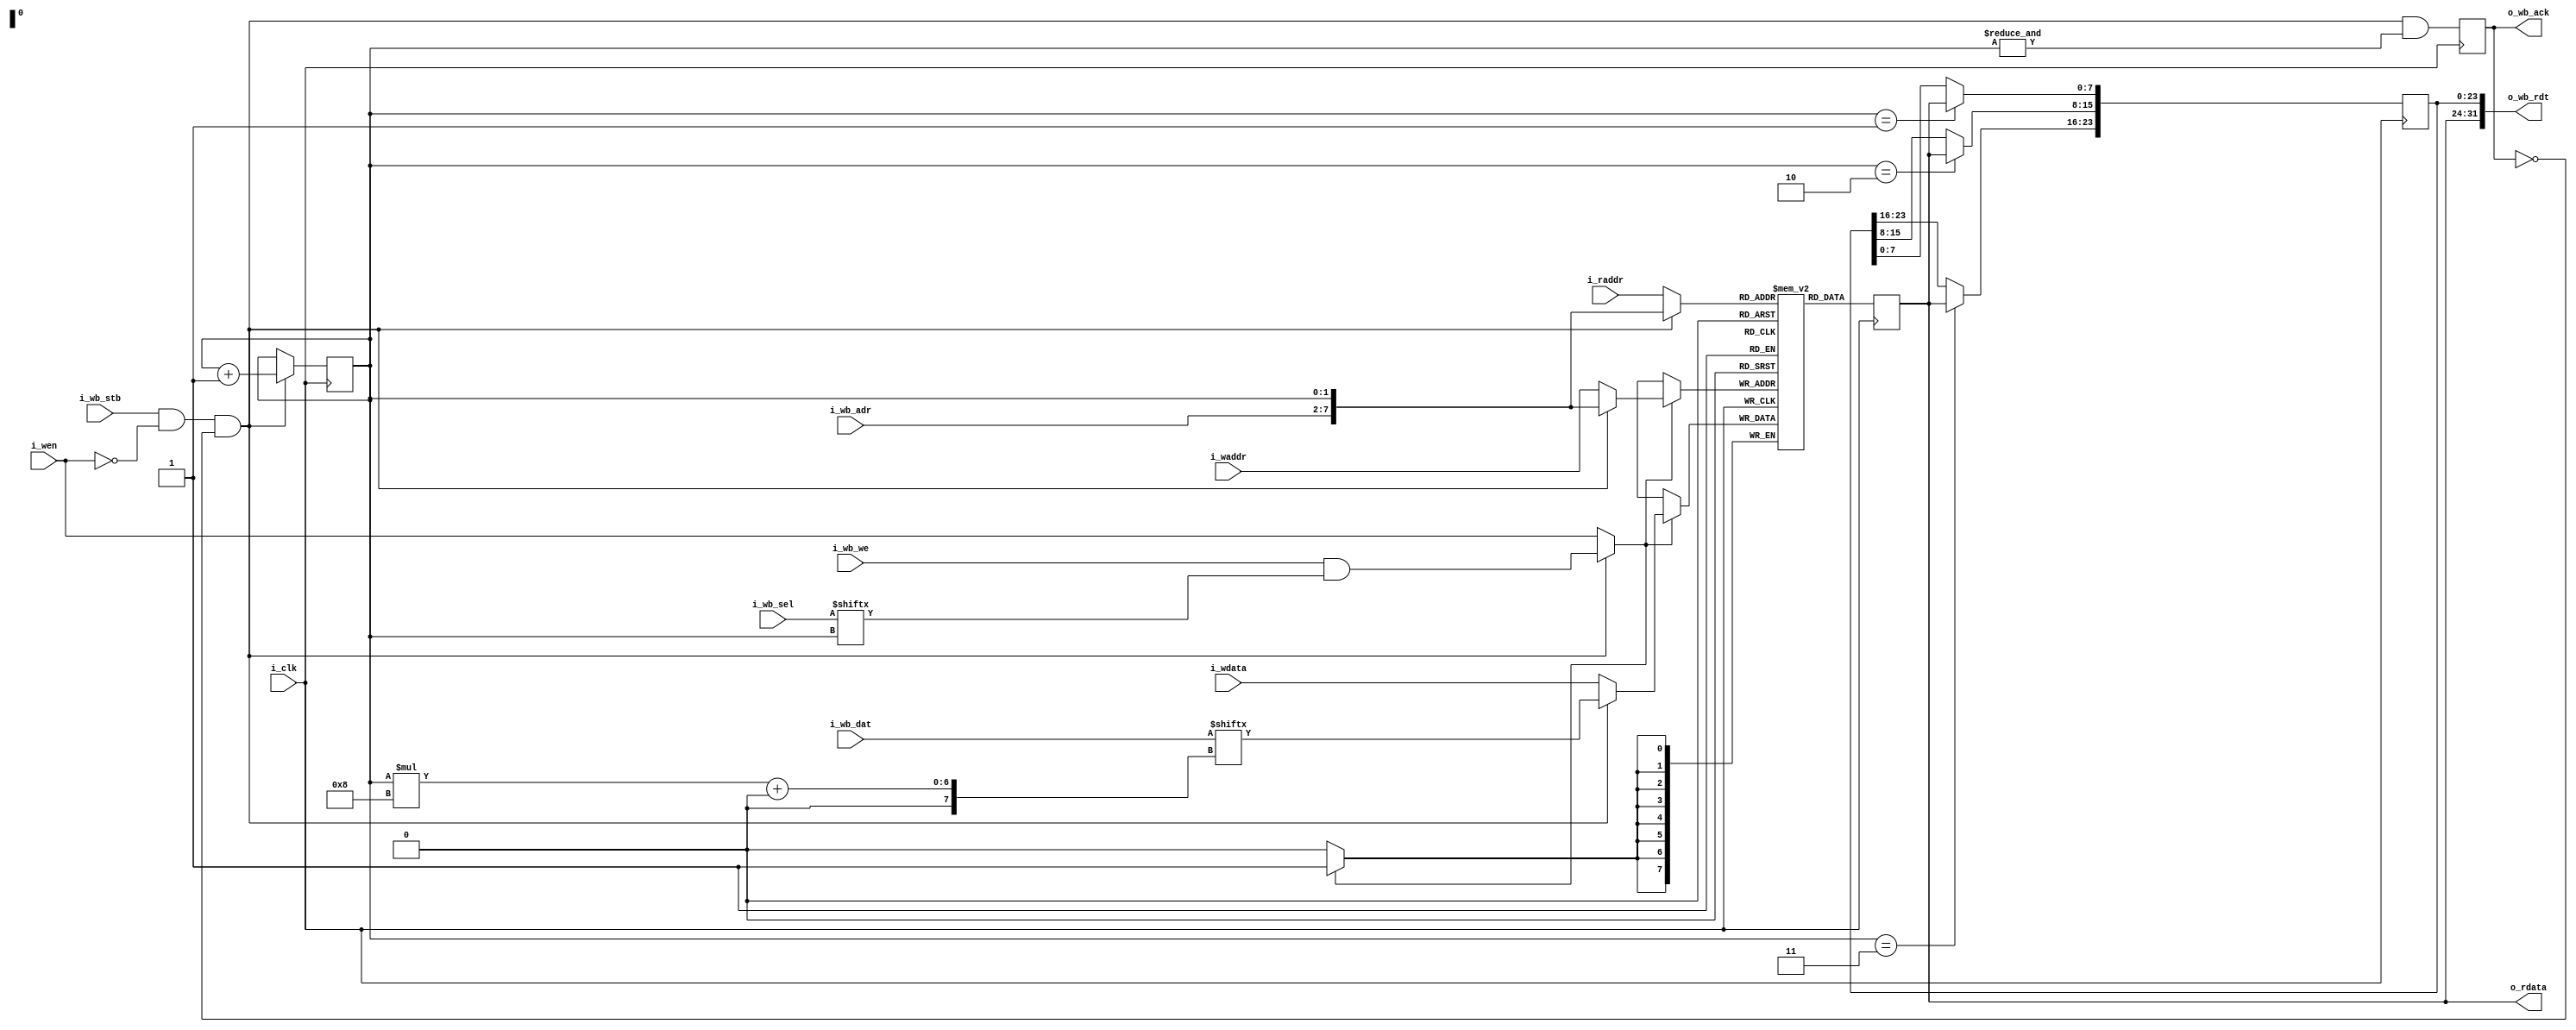
/* serving_ram.v : Shared RF I/D SRAM for the serving SoC
 *
 * ISC License
 *
 * Copyright (C) 2020 Olof Kindgren <olof.kindgren@gmail.com>
 *
 * Permission to use, copy, modify, and/or distribute this software for any
 * purpose with or without fee is hereby granted, provided that the above
 * copyright notice and this permission notice appear in all copies.
 *
 * THE SOFTWARE IS PROVIDED "AS IS" AND THE AUTHOR DISCLAIMS ALL WARRANTIES
 * WITH REGARD TO THIS SOFTWARE INCLUDING ALL IMPLIED WARRANTIES OF
 * MERCHANTABILITY AND FITNESS. IN NO EVENT SHALL THE AUTHOR BE LIABLE FOR
 * ANY SPECIAL, DIRECT, INDIRECT, OR CONSEQUENTIAL DAMAGES OR ANY DAMAGES
 * WHATSOEVER RESULTING FROM LOSS OF USE, DATA OR PROFITS, WHETHER IN AN
 * ACTION OF CONTRACT, NEGLIGENCE OR OTHER TORTIOUS ACTION, ARISING OUT OF
 * OR IN CONNECTION WITH THE USE OR PERFORMANCE OF THIS SOFTWARE.
 */

`default_nettype none
module serving_ram
  #(//Memory parameters
    parameter depth = 256,
    parameter aw    = $clog2(depth),
    parameter memfile = "")
   (input wire 		i_clk,
    input wire [aw-1:0] i_waddr,
    input wire [7:0] 	i_wdata,
    input wire 		i_wen,
    input wire [aw-1:0] i_raddr,
    output wire [7:0] 	o_rdata,

    input wire [aw-1:2] i_wb_adr,
    input wire [31:0] 	i_wb_dat,
    input wire [3:0] 	i_wb_sel,
    input wire 		i_wb_we,
    input wire 		i_wb_stb,
    output wire [31:0] 	o_wb_rdt,
    output reg 		o_wb_ack);

   reg [1:0] 		bsel;
   reg [7:0] rdata;

   wire 		wb_en = i_wb_stb & !i_wen & !o_wb_ack;

   wire 		wb_we = i_wb_we & i_wb_sel[bsel];

   wire  		we = wb_en ? wb_we : i_wen;

   reg [7:0] 		mem [0:depth-1] /* verilator public */;

   wire [aw-1:0] 	waddr = wb_en ? {i_wb_adr[aw-1:2],bsel} : i_waddr;
   wire [7:0] 		wdata = wb_en ? i_wb_dat[bsel*8+:8]     : i_wdata;
   wire [aw-1:0] 	raddr = wb_en ? {i_wb_adr[aw-1:2],bsel} : i_raddr;

   reg [23:0] 		wb_rdt;
   assign o_wb_rdt = {rdata, wb_rdt};

   always @(posedge i_clk) begin
      if (wb_en) bsel <= bsel + 2'd1;
      o_wb_ack <= wb_en & &bsel;
      if (bsel == 2'b01) wb_rdt[7:0]   <= rdata;
      if (bsel == 2'b10) wb_rdt[15:8]  <= rdata;
      if (bsel == 2'b11) wb_rdt[23:16] <= rdata;
   end

   always @(posedge i_clk) begin
      if (we) mem[waddr]   <= wdata;
      rdata <= mem[raddr];
   end

   initial
     if(|memfile) begin
	$display("Preloading %m from %s", memfile);
	$readmemh(memfile, mem);
     end

   assign o_rdata = rdata;
endmodule